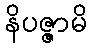
နိပဇ္ဇာမိ